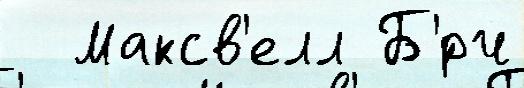
  Максв'елл Б'́рч